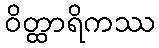
ဝိတ္ထာရိကဿ